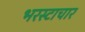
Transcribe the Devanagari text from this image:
भरस्टाचार